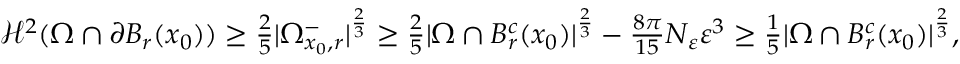
\begin{array} { r } { \mathcal { H } ^ { 2 } ( \Omega \cap \partial B _ { r } ( x _ { 0 } ) ) \geq \frac { 2 } { 5 } | \Omega _ { x _ { 0 } , r } ^ { - } | ^ { \frac { 2 } { 3 } } \geq \frac 2 5 | \Omega \cap B _ { r } ^ { c } ( x _ { 0 } ) | ^ { \frac { 2 } { 3 } } - { \frac { 8 \pi } { 1 5 } } N _ { \varepsilon } \varepsilon ^ { 3 } \geq \frac { 1 } { 5 } | \Omega \cap B _ { r } ^ { c } ( x _ { 0 } ) | ^ { \frac { 2 } { 3 } } , } \end{array}